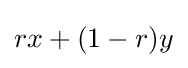
rx+(1-r)y